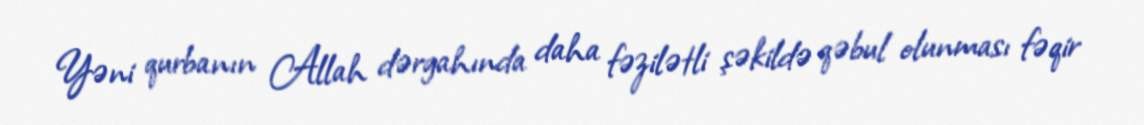
Yəni qurbanın Allah dərgahında daha fəzilətli şəkildə qəbul olunması fəqir